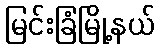
မြင်းခြံမြို့နယ်